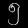
Digit: ၅